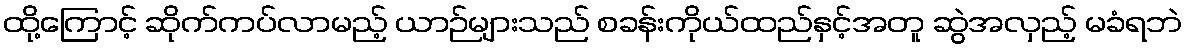
ထို့ကြောင့် ဆိုက်ကပ်လာမည့် ယာဉ်များသည် စခန်းကိုယ်ထည်နှင့်အတူ ဆွဲအလှည့် မခံရဘဲ